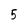
Character: 5